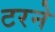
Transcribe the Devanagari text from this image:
टरने